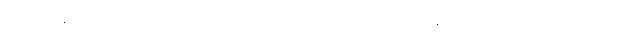
ခင်ဆုံ၊ နန်းတွင်းသူမယ်ခွေ၊ စာဆိုတော် မယ်လုပ် စတဲ့ စာဆိုမယ်တွေ အများအပြား